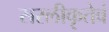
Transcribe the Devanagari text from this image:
सरलीकृतेवं